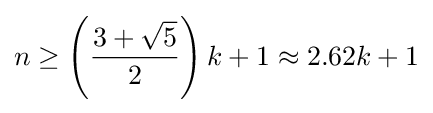
n\geq \left({\frac {3+{\sqrt {5}}}{2}}\right)k+1\approx 2.62k+1